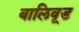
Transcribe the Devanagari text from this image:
बालिवूड